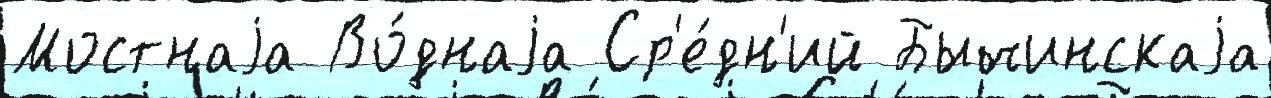
Мостнаjа Во́днаjа Ср'е́дн'ий Бычинскаjа